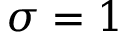
\sigma = 1